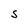
Character: S